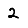
Digit: 2